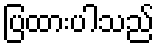
ပြထားပါသည်